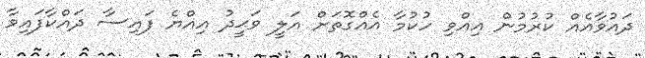
ދައުވާއެއް ކުރުމުން އިއްވި ހުކުމާ އެއްގޮތަށް އަލީ ވަޙީދު އިއްޔެ ފައިސާ ދައްކާފައިވާ